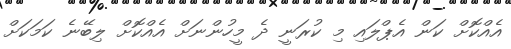
އެއްކޮށް ކަން އެޕްލައި މި ކުރަނީ ދެ މީހުންނަށް އެއްކޮށް ލިބޭނެ ކަމަކަށް